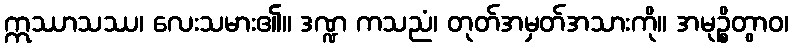
ဣဿာသဿ၊ လေးသမား၏။ ဒဏ္ဍ ကသညံ၊ တုတ်အမှတ်အသားကို။ အမုဉ္စိတွာဝ၊